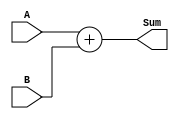
module four_bit_adder(
    input [3:0] A, B,
    output [3:0] Sum
);

// internal signals
reg [4:0] carry;
reg [3:0] temp_sum;

// behavioral modeling block
always @ (A, B)
begin
    temp_sum = A + B;
    carry = (temp_sum[4] == 1) ? 1'b1 : 1'b0;
    Sum = temp_sum[3:0];
end

endmodule